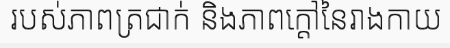
របស់ភាពត្រជាក់ និងភាពក្តៅនៃរាងកាយ